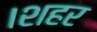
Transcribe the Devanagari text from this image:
।शहर